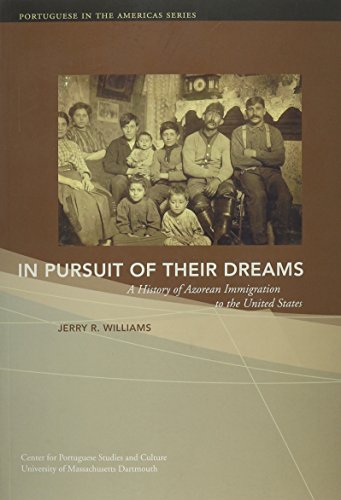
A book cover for In Pursuit of Their Dreams: A History of Azorean Immigration to the United States, 2nd Edition (Portuguese in the Americas); Jerry R. Williams; History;